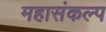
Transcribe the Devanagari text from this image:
महासंकल्प